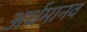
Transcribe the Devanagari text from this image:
अर्धमानव